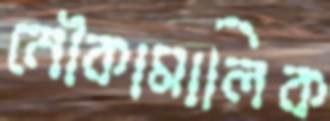
নৌকামালিক